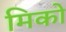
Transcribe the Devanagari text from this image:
मिको